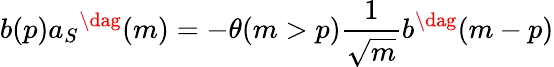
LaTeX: b(p)a_{S}{}^{\dag}(m)=-\theta(m>p)\frac{1}{\sqrt{m}}b^{\dag}(m-p)